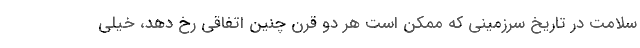
سلامت در تاریخ سرزمینی که ممکن است هر دو قرن چنین اتفاقی رخ دهد، خیلی